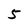
Character: 5